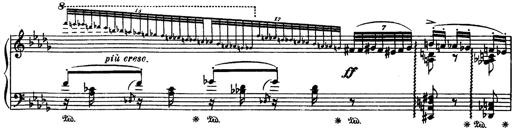
Title: Paraphrase de concert sur Rigoletto
Composer: Franz Liszt